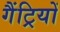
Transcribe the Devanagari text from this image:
गैंट्रियों